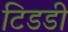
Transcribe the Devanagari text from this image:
टिडडी